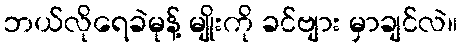
ဘယ်လိုရေခဲမုန့် မျိုးကို ခင်ဗျား မှာချင်လဲ။